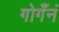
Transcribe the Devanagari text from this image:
गोगँनं